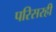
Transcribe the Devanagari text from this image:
परिसरही